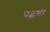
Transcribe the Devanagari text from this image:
पढ़वा